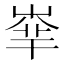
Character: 𡴟